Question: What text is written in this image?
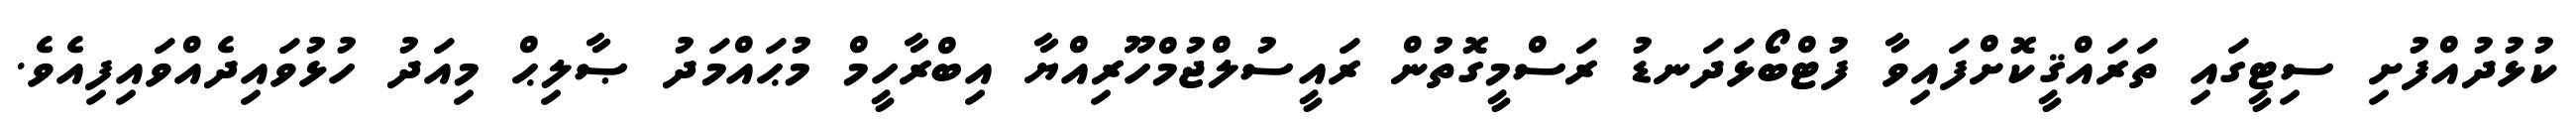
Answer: ކުޅުދުއްފުށި ސިޓީގައި ތަރައްޤީކޮށްފައިވާ ފުޓްބޯޅަދަނޑު ރަސްމީގޮތުން ރައީސުލްޖުމްހޫރިއްޔާ އިބްރާހީމް މުޙައްމަދު ޞާލިޙް މިއަދު ހުޅުވައިދެއްވައިފިއެވެ.